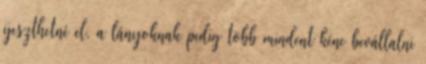
ijeszthetné el, a lányoknak pedig több mindent kéne bevállalni